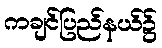
ကချင်ပြည်နယ်၌